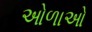
ઓળાઓ